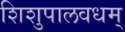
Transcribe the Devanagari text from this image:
शिशुपालवधम्